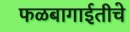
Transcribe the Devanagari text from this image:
फळबागाईतीचे